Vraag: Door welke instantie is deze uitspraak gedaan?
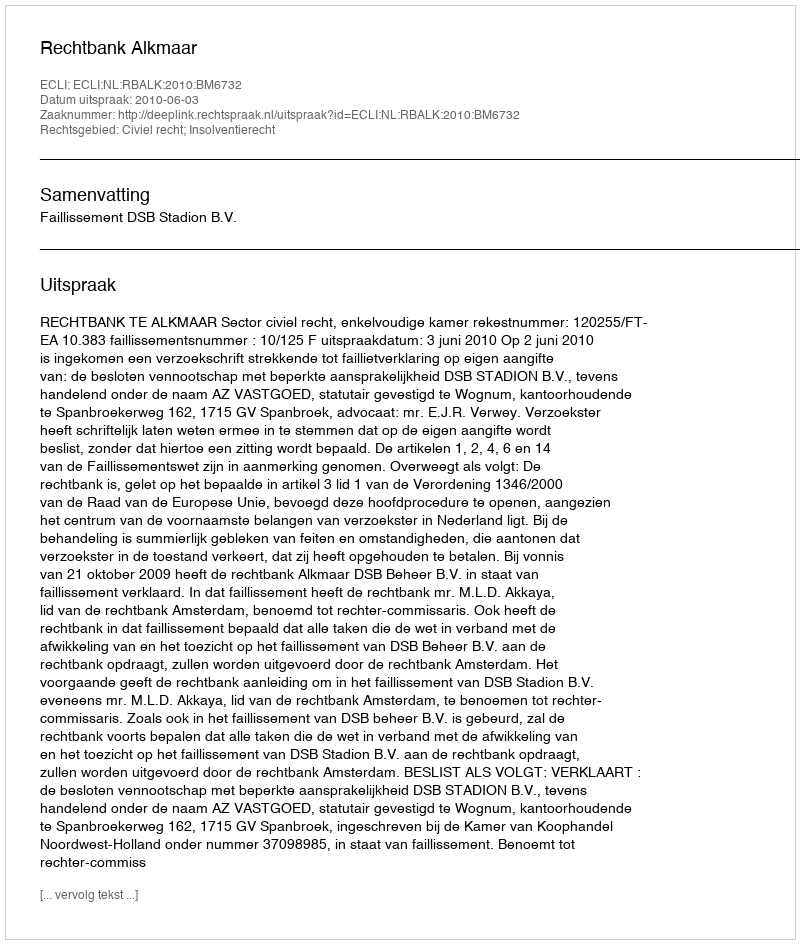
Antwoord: Rechtbank Alkmaar